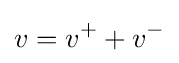
{v=v^{+}+v^{-}}